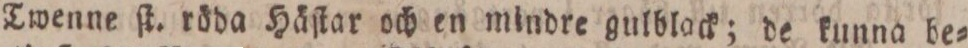
Twenne ſt. röda Häſtar och en mindre gulblack; de kunna be=